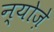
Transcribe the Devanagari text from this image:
न्योज़े